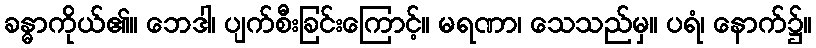
ခန္ဓာကိုယ်၏။ ဘေဒါ၊ ပျက်စီးခြင်းကြောင့်။ မရဏာ၊ သေသည်မှ။ ပရံ၊ နောက်၌။